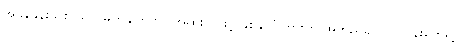
အခွန်နှုန်းသစ် သတ်မှတ်ချက်ဟာ အထူးသဖြင့် နှစ်နိုင်ငံကြားက အထည်ချုပ်လုပ်ငန်းတွေရဲ့